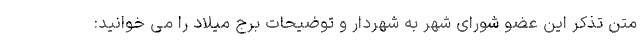
متن تذکر این عضو شورای شهر به شهردار و توضیحات برج میلاد را می خوانید: